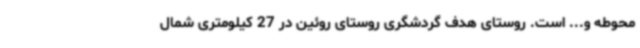
محوطه و... است. روستای هدف گردشگری روستای روئین در 27 کیلومتری شمال